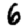
Digit: 6